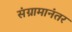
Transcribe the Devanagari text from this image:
संग्रामानंतर